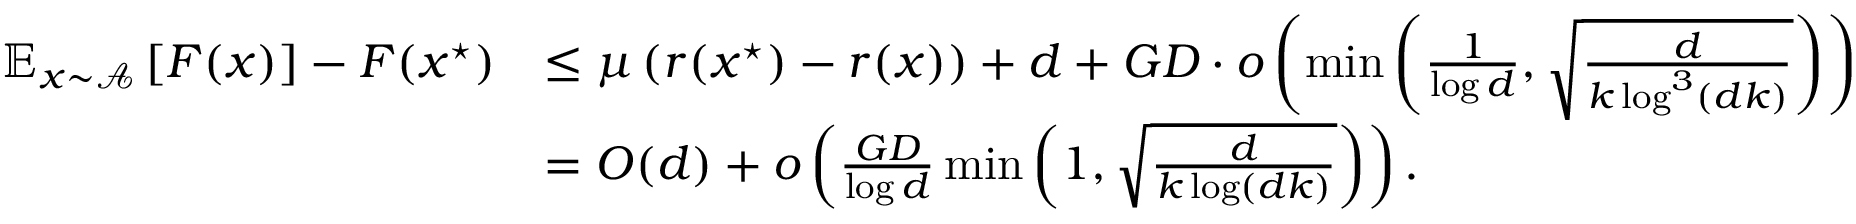
\begin{array} { r l } { \mathbb { E } _ { x \sim \mathcal { A } } \left[ F ( x ) \right] - F ( x ^ { \star } ) } & { \le \mu \left( r ( x ^ { \star } ) - r ( x ) \right) + d + G D \cdot o \left( \operatorname* { m i n } \left( \frac 1 { \log d } , \sqrt { \frac { d } { k \log ^ { 3 } ( d k ) } } \right) \right) } \\ & { = O ( d ) + o \left( \frac { G D } { \log d } \operatorname* { m i n } \left( 1 , \sqrt { \frac { d } { k \log ( d k ) } } \right) \right) . } \end{array}